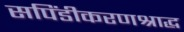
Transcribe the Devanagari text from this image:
सपिंडीकरणश्राद्ध